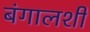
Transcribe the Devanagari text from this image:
बंगालशी